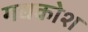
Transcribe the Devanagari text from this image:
गद्यकोश